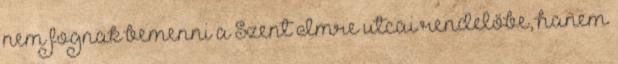
nem fognak bemenni a Szent Imre utcai rendelőbe, hanem